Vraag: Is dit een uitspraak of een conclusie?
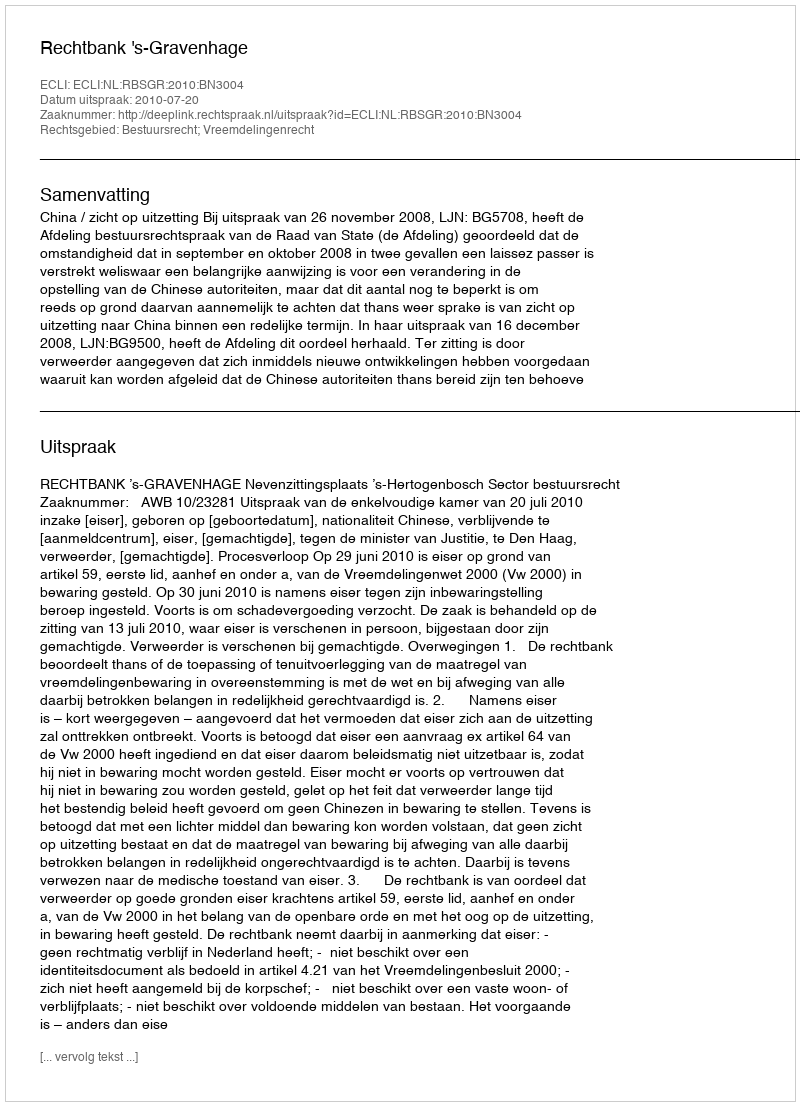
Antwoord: Uitspraak